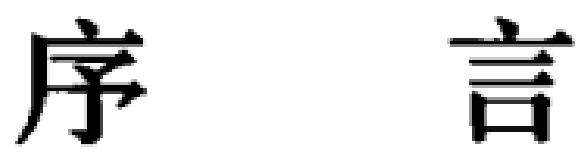
序言